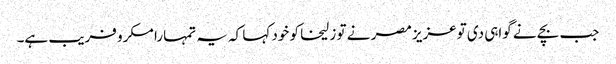
جب بچے نے گواہی دی توعزیز مصر نے تو زلیخا کو خود کہا کہ یہ تمہارا مکرو فریب ہے۔